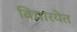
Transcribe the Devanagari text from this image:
विचारयेत